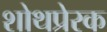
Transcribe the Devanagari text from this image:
शोथप्रेरक